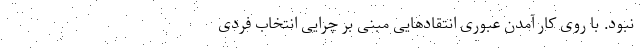
نبود. با روی کار آمدن عبوری انتقادهایی مبنی بر چرایی انتخاب فردی